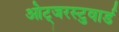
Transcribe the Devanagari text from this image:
ओट्जरस्टुवार्ड